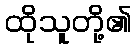
ထိုသူတို့၏